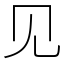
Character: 见